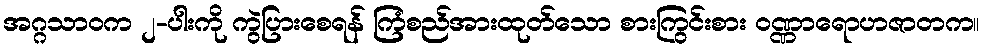
အဂ္ဂသာဝက ၂-ပါးကို ကွဲပြားစေရန် ကြံစည်အားထုတ်သော စားကြွင်းစား ဝဏ္ဏာရောဟဇာတက။